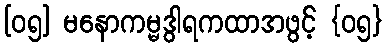
[၀၅] မနောကမ္မဒွါရကထာအဖွင့် {၀၅}